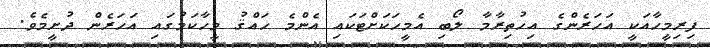
ފިރިމީހާއަކީ އަހަރެންގެ އިހުތިރާމާ ލޯބި އެމީހަކަށްޓަކައި އެންމެ ހައްޤު މީހާކަމުގައި އަހަރެން ދުށީމެވެ.